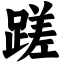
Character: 蹉